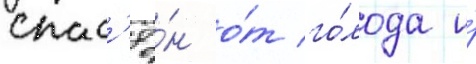
спас'ё́н о́т го́лода и́